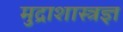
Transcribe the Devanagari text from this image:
मुद्राशास्त्रज्ञ